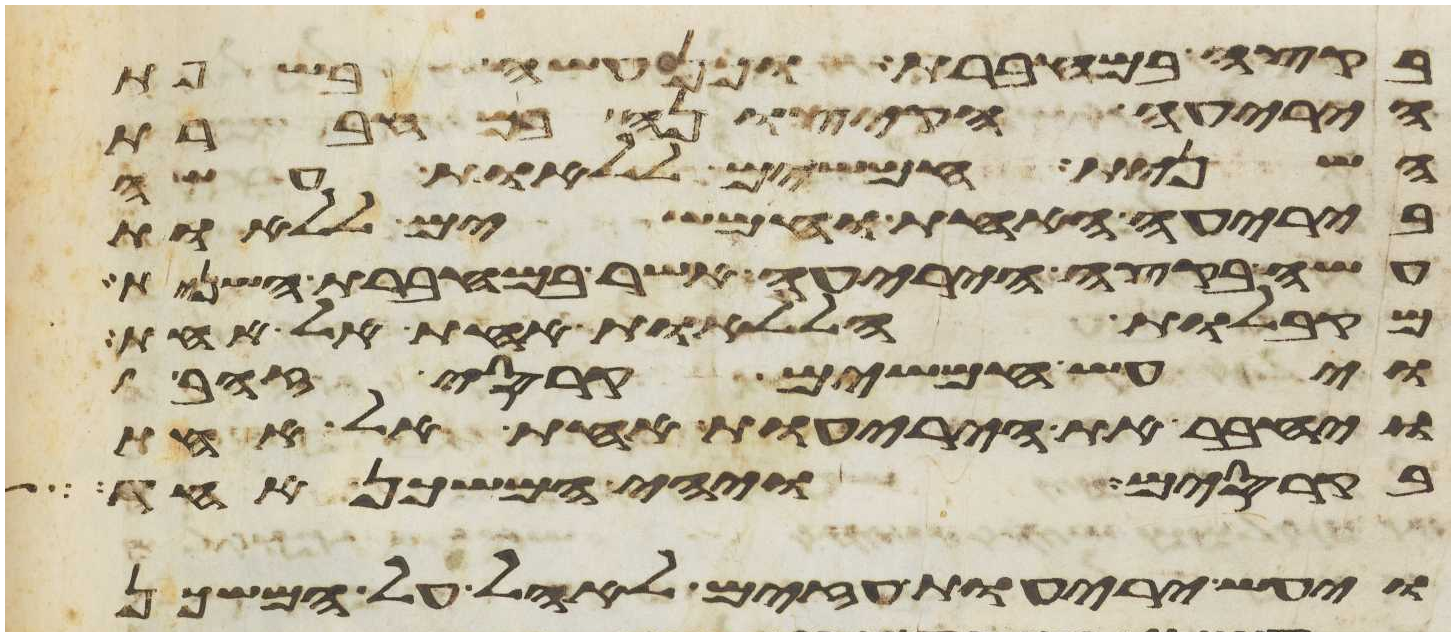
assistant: בקצה במחברת וכן עשה בשפת
היריעה הקצונה במחברת
השנית חמשים ללאות עשה
ביריעה האחת וחמשים ללאות
עשה בקצה היריעה אשר במחברת השנית
מקבלות הללאות אחת אל אחת
ויעש חמשים קרסי זהב
ויחבר את היריעות אחת אל אחת
בקרסים ויהי המשכן אחד
ויעש יריעות עזים לאהל על המשכן